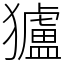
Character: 獹